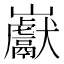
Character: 巚